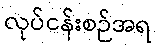
လုပ်ငန်းစဉ်အရ